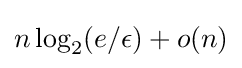
n\log _{2}(e/\epsilon )+o(n)